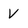
Character: v